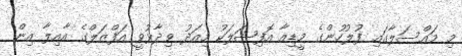
މި މައްސަލާގައި ފުލުހުންގެ މީޑިއާ އޮފިޝަލަކު މިއަދު ވިދާޅުވީ އަފްޒަލްގެ އާއިލާ އިން